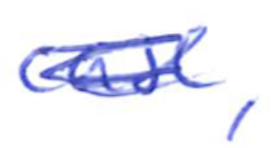
Text: case,
Cross-out: mix
Writing tool: ballpoint